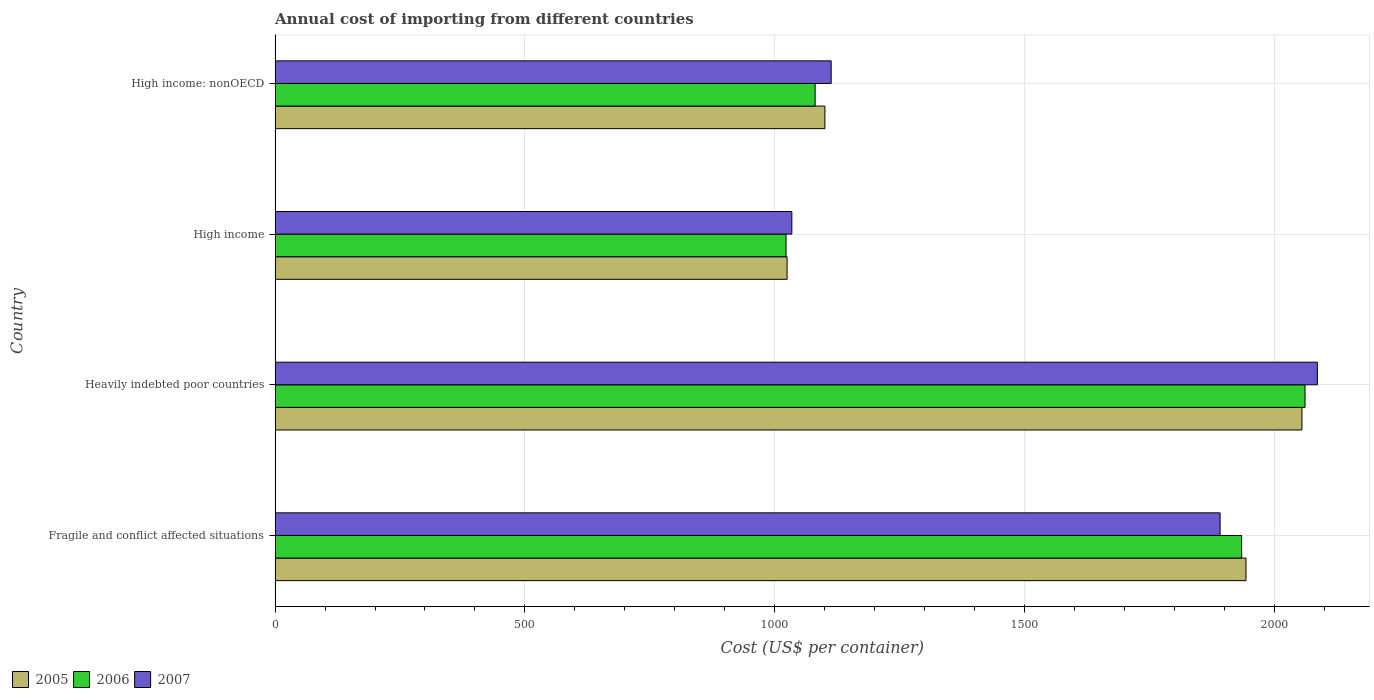
| Country | 2005 | 2006 | 2007 |
 | --- | --- | --- | --- |
 | Fragile and conflict affected situations | 1.94e+03 | 1.93e+03 | 1.89e+03 |
 | Heavily indebted poor countries | 2.06e+03 | 2.06e+03 | 2.09e+03 |
 | High income | 1.02e+03 | 1.02e+03 | 1.03e+03 |
 | High income: nonOECD | 1.1e+03 | 1.08e+03 | 1.11e+03 |